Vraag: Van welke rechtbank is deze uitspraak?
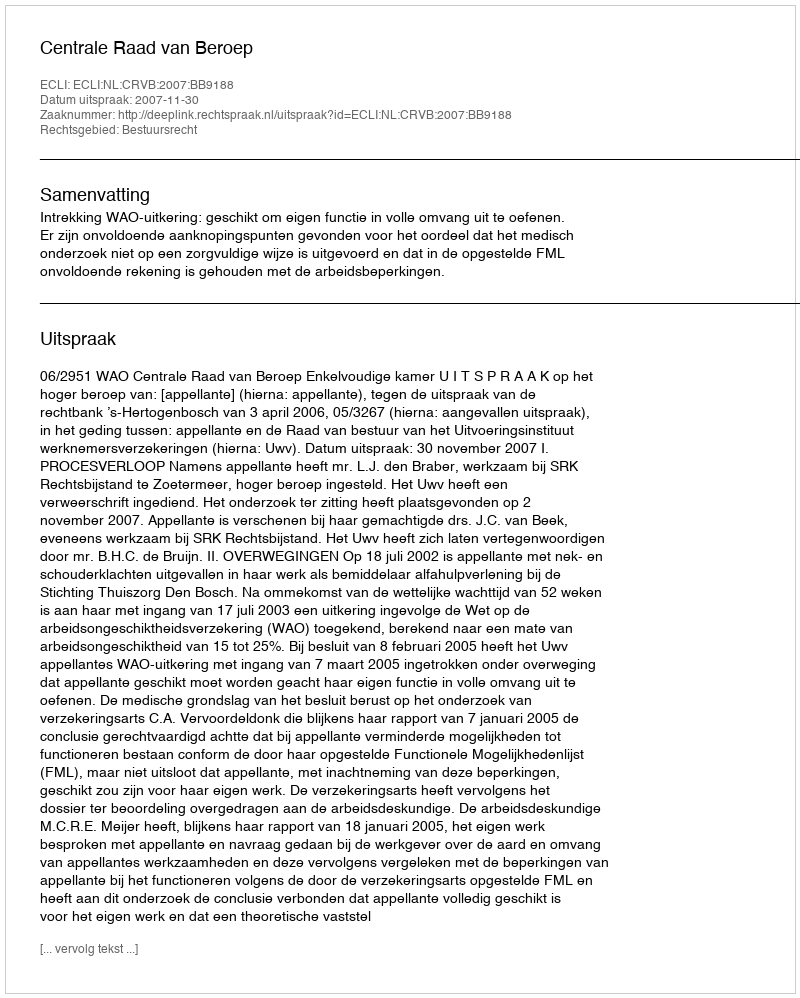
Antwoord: Centrale Raad van Beroep